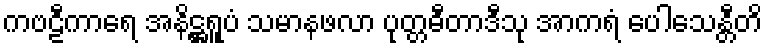
ကဗဠီကာရေ အနိဋ္ဌရူပံ သမာနဖလာ ပုတ္တဓီတာဒီသု အာကရံ ပေါသေန္တီတိ